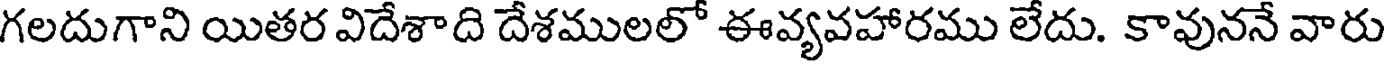
గలదుగాని యితర విదేశాది దేశములలో ఈవ్యవహారము లేదు. కావుననే వారు